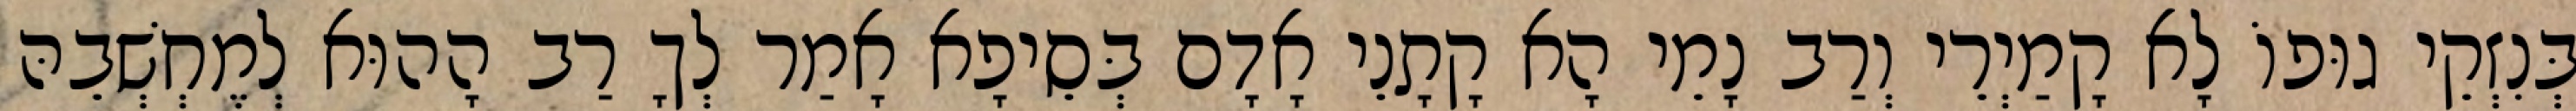
בְּנִזְקֵי גוּפוֹ לָא קָמַיְרֵי וְרַב נָמֵי הָא קָתָנֵי אָדָם בְּסֵיפָא אָמַר לְךָ רַב הָהוּא לְמֶחְשְׁבֵהּ